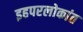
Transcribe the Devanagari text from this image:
इहपरलोकांत